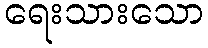
ရေးသားသော